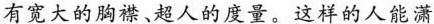
有宽大的胸襟、超人的度量。这样的人能潇